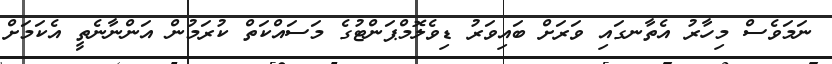
ނަމަވެސް މިހާރު އެތާނގައި ވަރަށް ބައިވަރު ޑިވެލޮމްޕަންޓުގެ މަސައްކަތް ކުރަމުން އަންނާނެތީ އެކަމަށް